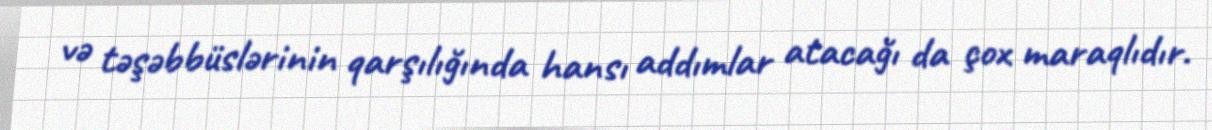
və təşəbbüslərinin qarşılığında hansı addımlar atacağı da çox maraqlıdır.